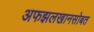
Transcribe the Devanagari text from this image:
अफझलखानसोबत